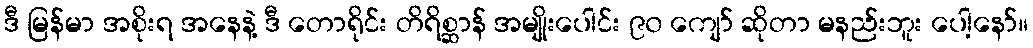
ဒီ မြန်မာ အစိုးရ အနေနဲ့ ဒီ တောရိုင်း တိရိစ္ဆာန် အမျိုးပေါင်း ၉၀ ကျော် ဆိုတာ မနည်းဘူး ပေါ့နော်။